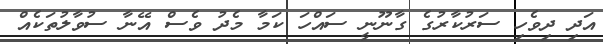
އަދި ދިވެހި ސަރުކާރުގެ ގާނޫނީ ސައްހަ ކަމާ މެދު ވެސް އޭނާ ސުވާލުތަކެއް